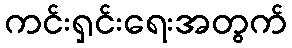
ကင်းရှင်းရေးအတွက်